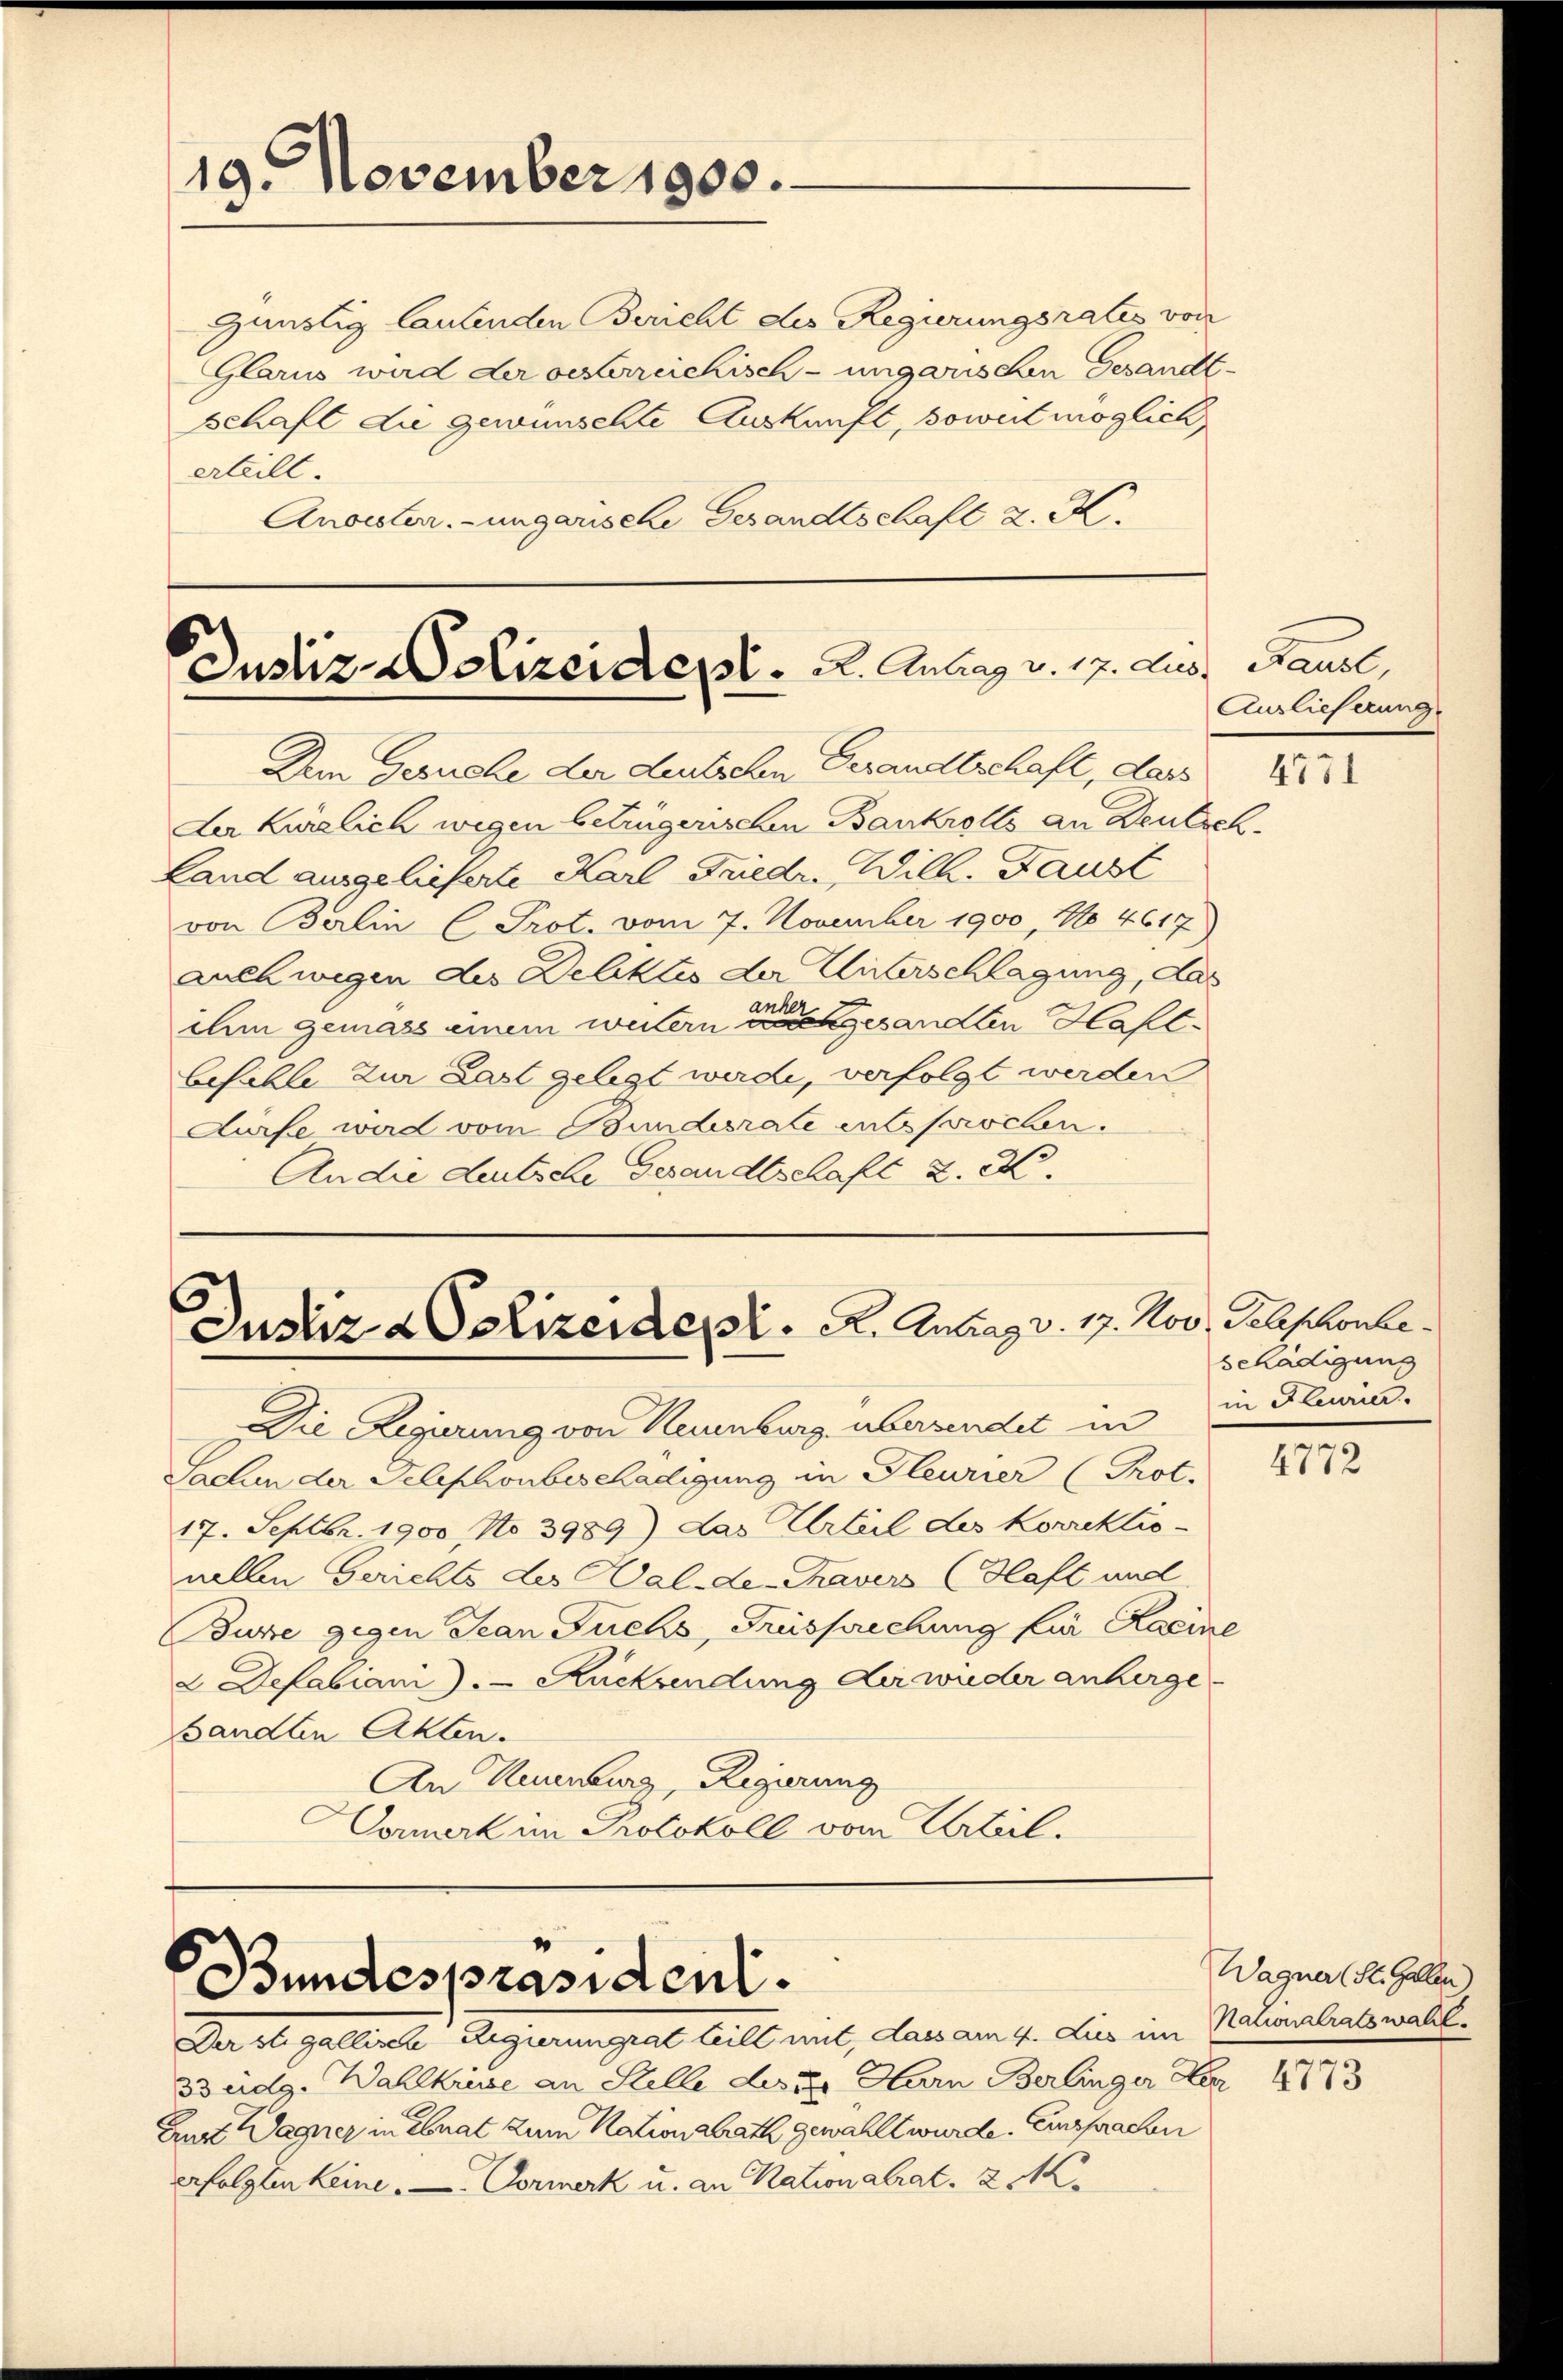
19. November 1900.

günstig lautenden Bericht des Regierungsrates von
Glarus wird der oesterreichisch-ungarischen Gesandtschaft die gewünschte Auskunft, soweit möglich
Arbeilt.
Anoester.-ungarische Gesandtschaft z. K.

Justiz- & Polizeident. 2. Antrag v. 17. aus, Bauel,

Justiz & Polizeiden. K. Antrag v. 17. Nov. Telephonbe¬

Bundespräsident.

Der stigallische Regierungsat teilt mit, dass am 4. dies im Nationalratswahl.
Budg. Wahlkreise an Stelle des der Hern Berlinger Her
Am Wagner in Ebnat zum Nationalrath gewählt wurde. Einsprachen
erfolgten keine. — Formerk u. an Nationalrat. 2 M.

Dem Gesuche der deutschen Gerandtschaft, dass
Der kürzlich wegen betrügerischen Bankrolls an Deutsch
Land ausgelieferte Karl Friedr. Will. Faust
von Balin (Prot. vom 7. November 1900, No 4617)
auch wegen des Deliktes der Unterschlagung, das
ihm gemäss einem weitern einen einen gesandten Hahlbefühle zur Last gelegt werde, verfolgt werden
Aurfe ward vom Bundesrate entsprochen.
An die deutsche Gesandtschaft 2. X.

Auslieferung.
4771

Die Regierung von Haunburg übersendet in
Sachen der Telephonbeschädigung in Gleurier (Prot.
17. Septbr. 1900 No 3989) das Urteil des Korrektio-
nellen Gerichts der Walde Taver Haft und
Buse gegen Jean Fuchs, Frusprechung für Kacine
2. Defabiani.) Rücksendung der wieder anherge
sandten Akten.
An Neuenburg, Regierung
Dormerk im Protokoll vom Urteil.

schädigung
in Fleier.

4772

Wagner (St. Gallen)

4773